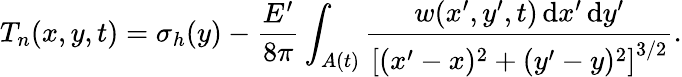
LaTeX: T_{n}(x,y,t)=\sigma_{h}(y)-\frac{E^{\prime}}{8\pi}\int_{A(t)}\frac{w(x^{\prime},y^{\prime},t)\, \mathrm{d}x^{\prime}\, \mathrm{d}y^{\prime}}{\left[(x^{\prime}-x)^{2}+(y^{\prime}-y)^{2}\right]^{3/2}}.